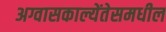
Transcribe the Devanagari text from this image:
अग्वासकाल्येंतेसमधील